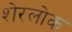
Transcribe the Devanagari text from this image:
शेरलोक